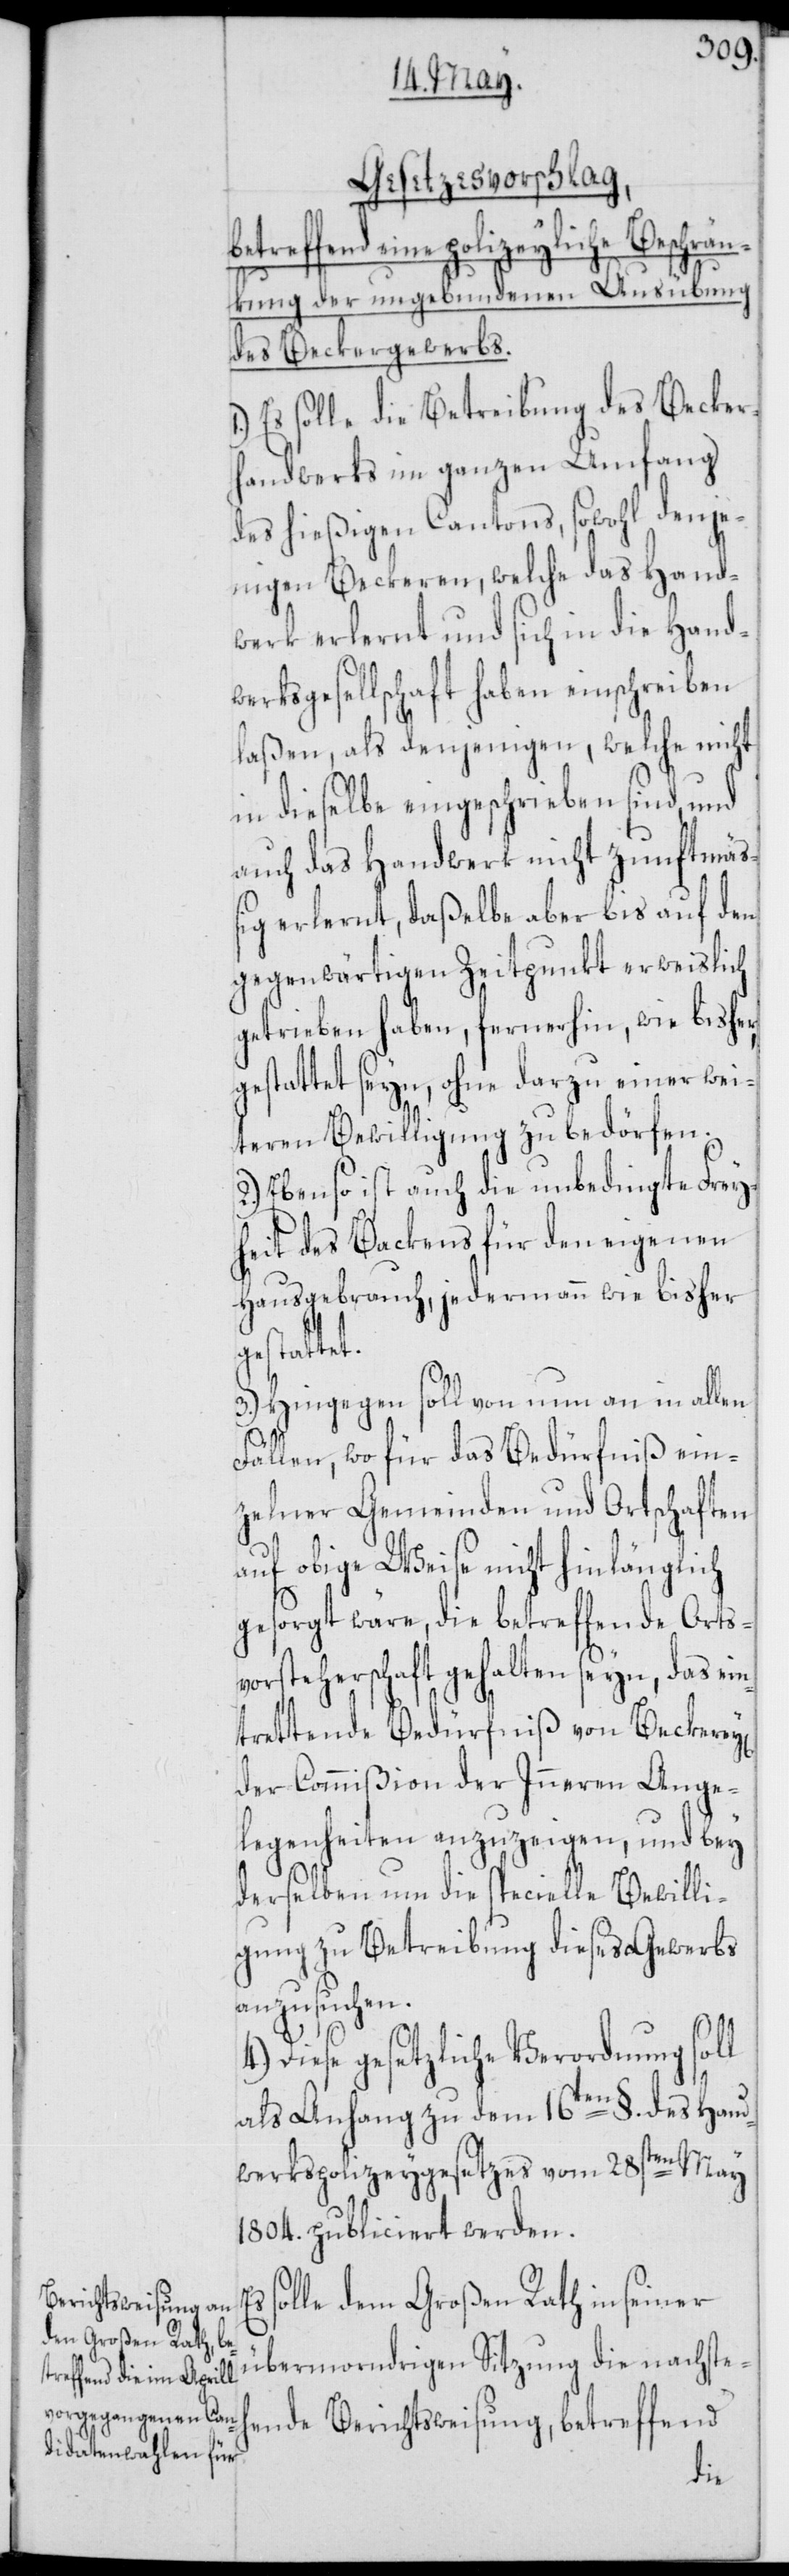
Gesetzesvorschlag,
betreffend eine polizeyliche Beschrä¬
nkung der ungebundenen Ausübung
des Beckergewerbs.
Es solle die Betreibung des Becker¬
handwerks im ganzen Umfang
des hießigen Cantons, sowohl denje¬
nigen Beckeren, welche des Hand¬
werk erlernt und sich in die Hand¬
werksgesellschaft haben einschreiben
laßen, als denjenigen, welche nicht
in dieselbe eingeschrieben sind, und
auch das Handwerk nicht zunftmäß¬
ig erlernt, daßelbe aber bis auf den
gegenwärtigen Zeitpunkt erweislich
getrieben haben, fernerhin, wie bisher,
gestattet seyn, ohne darzu einer wei¬
teren Bewilligung zu bedörfen.
2.) Ebenso ist auch die unbedingte Frey¬
heit des Backens für den eigenen
Hausgebrauch, jedermann wie bisher
gestattet.
y[en]
3.) Hingegen soll von nun an in allen
Fällen, wo für das Bedürfniß ein¬
zelner Gemeinden und Ortschaften
auf obige Weise nicht hinlänglich
gesorgt wäre, die betreffende Orts¬
vorsteherschaft gehalten seyn, das ein¬
trettende Bedürfniß von Beckere¬
der Commißion der Inneren Ange¬
legenheiten anzuzeigen, und bey
derselben um die specielle Bewilli¬
gung zu Betreibung dieses Gewerbs
anzusuchen.
Diese gesetzliche Verordnung soll
als Anhang zu dem 16ten §. des Hand¬
werkspolizeygesetzes vom 28sten May
1804. publiciert werden.
solle dem Großen Rath in seiner
übermorndrigen Sitzung die nachste¬
hende Berichtsweisung, betreffend